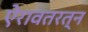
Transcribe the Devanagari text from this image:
ऐरावतरत्न